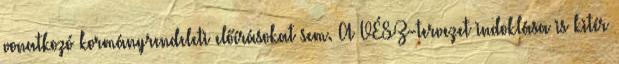
vonatkozó kormányrendeleti előírásokat sem. A VÉSZ-tervezet indoklása is kitér